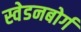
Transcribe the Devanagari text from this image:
स्वेडनबोर्ग